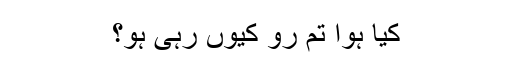
کیا ہوا تم رو کیوں رہی ہو؟